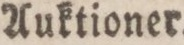
Auktioner.